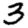
Digit: 3